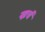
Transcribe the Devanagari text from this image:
ख्रर्च